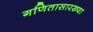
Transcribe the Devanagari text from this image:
गणितासारख्या